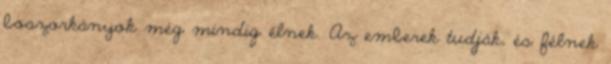
boszorkányok még mindig élnek. Az emberek tudják, és félnek